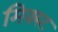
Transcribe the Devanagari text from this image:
मिक्स्ट